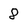
Character: 8